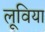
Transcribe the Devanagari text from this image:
लूविया